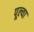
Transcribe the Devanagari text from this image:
पूल्या